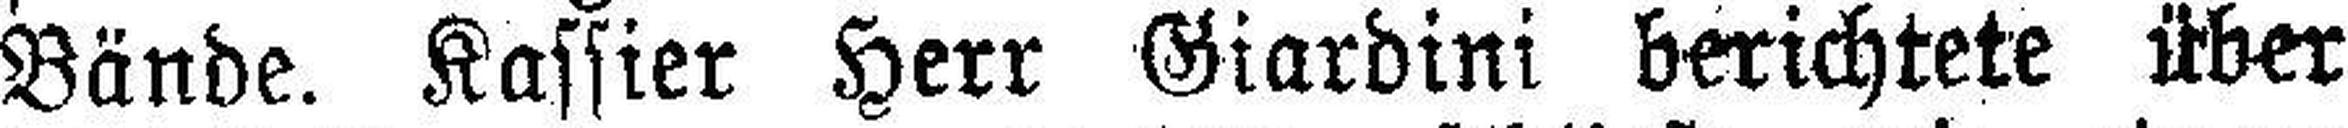
Bände. Kassier Herr Giardini berichtete über